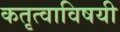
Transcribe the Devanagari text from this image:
कतृत्वाविषयी